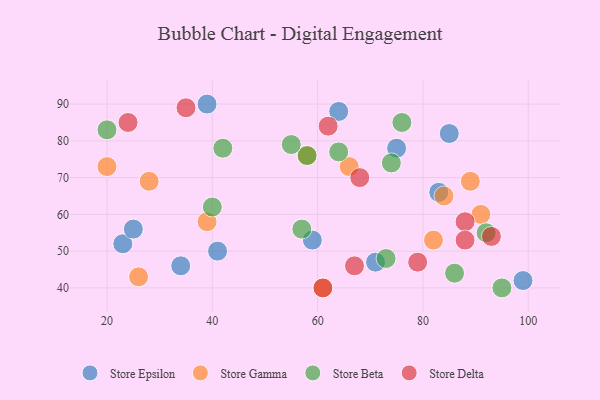
{"axis": {"x": "GDP", "y": "Life Expectancy"}, "legend": ["Store Beta", "Store Delta", "Store Epsilon", "Store Gamma"], "data": [{"x": "39", "y": 90, "type": "Store Epsilon"}, {"x": "75", "y": 78, "type": "Store Epsilon"}, {"x": "83", "y": 66, "type": "Store Epsilon"}, {"x": "99", "y": 42, "type": "Store Epsilon"}, {"x": "59", "y": 53, "type": "Store Epsilon"}, {"x": "64", "y": 88, "type": "Store Epsilon"}, {"x": "85", "y": 82, "type": "Store Epsilon"}, {"x": "23", "y": 52, "type": "Store Epsilon"}, {"x": "25", "y": 56, "type": "Store Epsilon"}, {"x": "71", "y": 47, "type": "Store Epsilon"}, {"x": "34", "y": 46, "type": "Store Epsilon"}, {"x": "41", "y": 50, "type": "Store Epsilon"}, {"x": "82", "y": 53, "type": "Store Gamma"}, {"x": "84", "y": 65, "type": "Store Gamma"}, {"x": "58", "y": 76, "type": "Store Gamma"}, {"x": "89", "y": 69, "type": "Store Gamma"}, {"x": "28", "y": 69, "type": "Store Gamma"}, {"x": "91", "y": 60, "type": "Store Gamma"}, {"x": "61", "y": 40, "type": "Store Gamma"}, {"x": "66", "y": 73, "type": "Store Gamma"}, {"x": "39", "y": 58, "type": "Store Gamma"}, {"x": "20", "y": 73, "type": "Store Gamma"}, {"x": "26", "y": 43, "type": "Store Gamma"}, {"x": "64", "y": 77, "type": "Store Beta"}, {"x": "42", "y": 78, "type": "Store Beta"}, {"x": "73", "y": 48, "type": "Store Beta"}, {"x": "57", "y": 56, "type": "Store Beta"}, {"x": "20", "y": 83, "type": "Store Beta"}, {"x": "74", "y": 74, "type": "Store Beta"}, {"x": "58", "y": 76, "type": "Store Beta"}, {"x": "76", "y": 85, "type": "Store Beta"}, {"x": "40", "y": 62, "type": "Store Beta"}, {"x": "95", "y": 40, "type": "Store Beta"}, {"x": "55", "y": 79, "type": "Store Beta"}, {"x": "92", "y": 55, "type": "Store Beta"}, {"x": "86", "y": 44, "type": "Store Beta"}, {"x": "35", "y": 89, "type": "Store Delta"}, {"x": "62", "y": 84, "type": "Store Delta"}, {"x": "68", "y": 70, "type": "Store Delta"}, {"x": "67", "y": 46, "type": "Store Delta"}, {"x": "88", "y": 58, "type": "Store Delta"}, {"x": "88", "y": 53, "type": "Store Delta"}, {"x": "79", "y": 47, "type": "Store Delta"}, {"x": "93", "y": 54, "type": "Store Delta"}, {"x": "61", "y": 40, "type": "Store Delta"}, {"x": "24", "y": 85, "type": "Store Delta"}]}